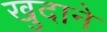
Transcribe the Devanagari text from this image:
खुदाने